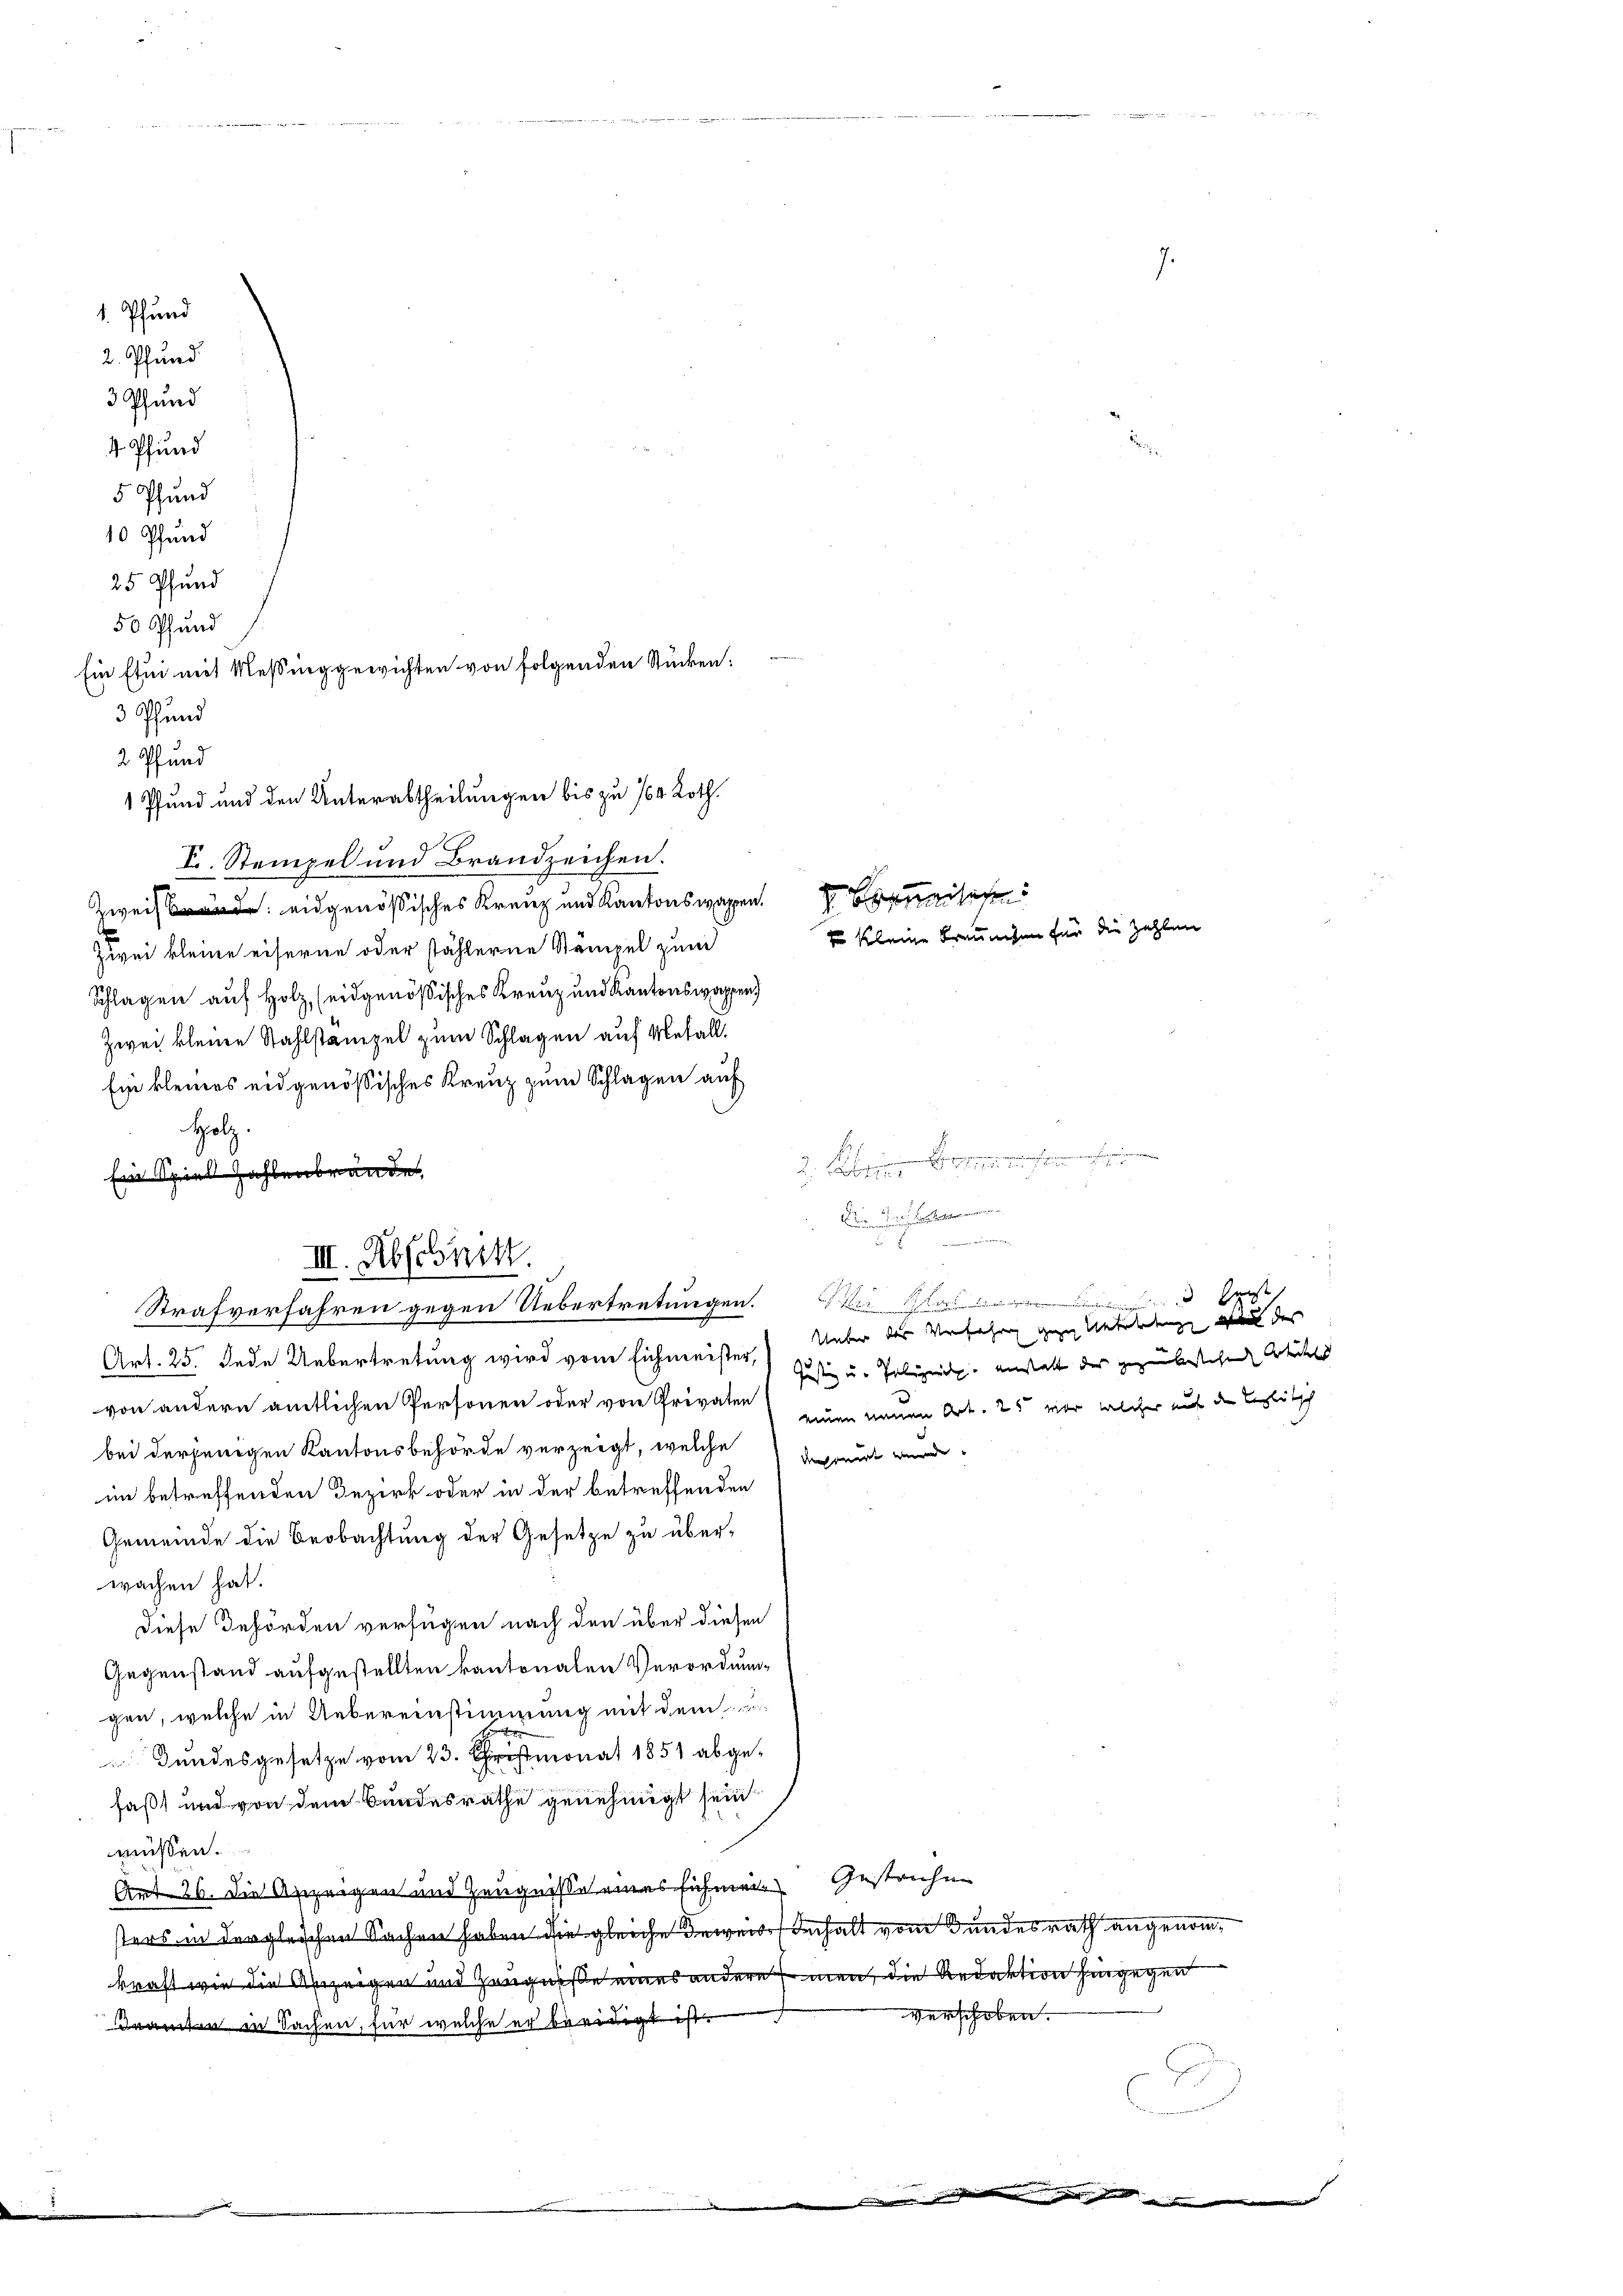
Zweis eidgenößisches Kreuz und Kantonswagen se
Zwei kleine eiserne oder fählerne Stämpel zum
Splügen auf Holz, (eidgenößisches Kreuz und Kantonswappen)
Zwei kleine Stahlstanzel zum Splügen auf Metall.
Ein kleines eidgenößisches Kreuz zum Splügen auf
Holz.
Ein Spiel zahlenbrande
III. Abschnitt.
Strafverfahren gegen Uebertretungen. Wie Glas e
Ueber der Verfahre gegen Unterlange, da das
Art. 25. Jede Uebertretung wird vom Eichmeister, Justiz u. Polizeich anstatt der gezaubestehen Artikels |
von andern amtlichen Personen oder von Privaten einen neuen Art. 25 war, welcher aus den bestätisch
bei derjenigen Kantonsbehörde verzeigt, welche deponirt wurde
im betreffenden Bezirk oder in der betreffenden
Gemeinde die Beobachtung der Gesetze zu überwachen hat.
diese Behörden verfügen nach den über diesen
Gegenstand aufgestellten kantonalen Verordnung
gen, welche in Uebereinstimmung mit dem
Bundesgesetze vom 23. monat 1851 abgefaßt und von dem Bundesrathe genehmigt sein
müssen.
Art. 26. die Anzeigen und Zeugniße eines sichen Gestrichen
sters in dergleichen Sachen haben die gleiche Beweise erhalt vom Bundesrath angenomkraft wie die Anzeigen und Zeugniße eines andere men, die Redaktion hingegen
verschoben.
Iramten in Sachen, für welche er beeidigt ist.

1. Pfund
2. Pfund
3 Pfund
4 Pfund
5 Pfund
10 Pfund
25 Pfund

Ein ftui mit Messing gewichten von folgenden Stücken:
3 Pfund
2 Pfund
 Pfund und den Unterabtheilungen bis zu 764 Roth.
2
Fr. Stempel und Brandzeichen.

50 Pfund

Kleine Braunisem für die Zahlen

2. Feberei
 a. m.
 in

.